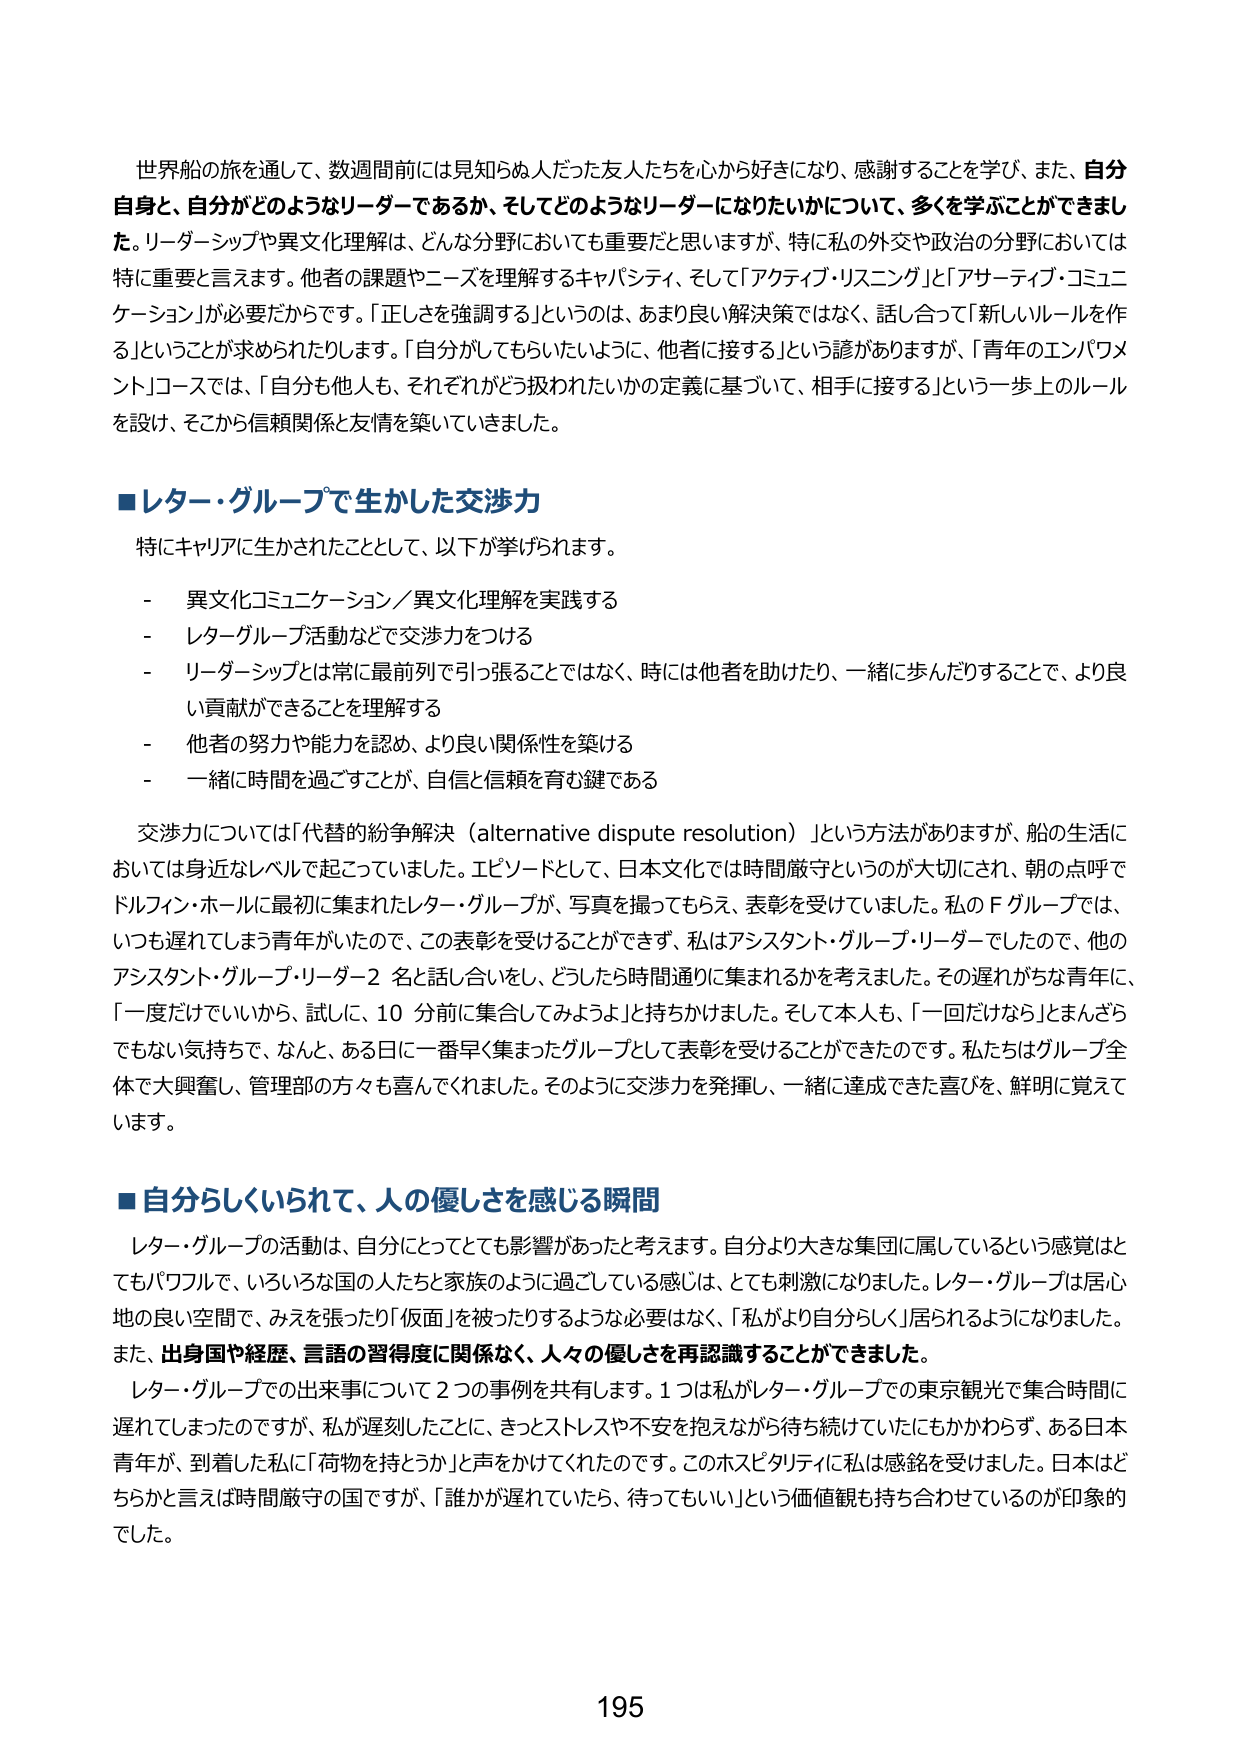
世界船の旅を通して、数週間前には見知らぬ人だった友人たちを心から好きになり、感謝することを学び、また、自分自身と、自分がどのようなリーダーであるか、そしてどのようなリーダーになりたいかについて、多くを学ぶことができました。リーダーシップや異文化理解は、どんな分野においても重要だと思いますが、特に私の外交や政治の分野においては特に重要と言えます。他者の課題やニーズを理解するキャパシティ、そして「アクティブ・リスニング」と「アサーティブ・コミュニケーション」が必要だからです。「正しさを強調する」というのは、あまり良い解決策ではなく、話し合って「新しいルールを作る」ということが求められたりします。「自分がしてもらいたいように、他者に接する」という諺がありますが、「青年のエンパワメント」コースでは、「自分も他人も、それぞれがどう扱われたいかの定義に基づいて、相手に接する」という一歩上のルールを設け、そこから信頼関係と友情を築いていきました。

■レター・グループで生かした交渉力

特にキャリアに生かされたこととして、以下が挙げられます。

- 異文化コミュニケーション／異文化理解を実践する
- レター・グループ活動などで交渉力をつける
- リーダーシップとは常に最前列で引っ張ることではなく、時には他者を助けたり、一緒に歩んだりすることで、より良い貢献ができることを理解する
- 他者の努力や能力を認め、より良い関係性を築ける
- 一緒に時間を過ごすことが、自信と信頼を育む鍵である

交渉力については「代替的紛争解決（alternative dispute resolution）」という方法がありますが、船の生活においては身近なレベルで起こっていました。エピソードとして、日本文化では時間厳守というのが大切にされ、朝の点呼でドルフィン・ホールに最初に集まったレター・グループが、写真を撮ってもらえ、表彰を受けていました。私のＦグループでは、いつも遅れてしまう青年がいたので、この表彰を受けることができず、私はアシスタント・グループ・リーダーでしたので、他のアシスタント・グループ・リーダー2名と話し合いをし、どうしたら時間通りに集まれるかを考えました。その遅れがちな青年に、「一度だけでいいから、試しに、10分前に集合してみようよ」と持ちかけました。そして本人も、「一回だけなら」とまんざらでもない気持ちで、なんと、ある日に一番早く集まったグループとして表彰を受けることができたのです。私たちはグループ全体で大興奮し、管理部の方々も喜んでくれました。そのように交渉力を発揮し、一緒に達成できた喜びを、鮮明に覚えています。

■自分らしくいられて、人の優しさを感じる瞬間

レター・グループの活動は、自分にとってとても影響があったと考えます。自分より大きな集団に属しているという感覚はとてもパワフルで、いろいろな国の人たちと家族のように過ごしている感じは、とても刺激になりました。レター・グループは居心地の良い空間で、みえを張ったり「仮面」を被ったりするような必要はなく、「私がより自分らしく」居られるようになりました。また、出身国や経歴、言語の習得度に関係なく、人々の優しさを再認識することができました。

レター・グループでの出来事について2つの事例を共有します。1つは私がレター・グループでの東京観光で集合時間に遅れてしまったのですが、私が遅刻したことに、きっとストレスや不安を抱えながら待ち続けていたにもかかわらず、ある日本青年が、到着した私に「荷物を持とうか」と声をかけてくれたのです。このホスピタリティには感銘を受けました。日本はどちらかと言えば時間厳守の国ですが、「誰かが遅れていたら、待ってもいい」という価値観も持ち合わせているのが印象的でした。

195